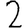
Digit: 2